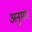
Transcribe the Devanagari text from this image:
अनुमार